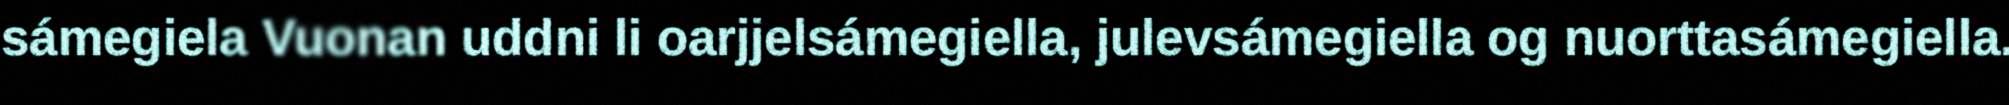
sámegiela Vuonan uddni li oarjjelsámegiella, julevsámegiella og nuorttasámegiella.